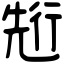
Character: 𠒣